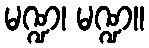
မဏ္ဍ၊ မဏ္ဍ။